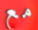
مع